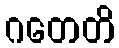
ဂတေတိ